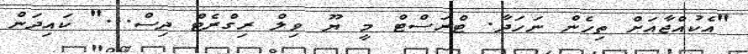
"އެކުއްޖާއަށް ތިހެން ނަހަދާ. ޓްރަސްޓް މީ ޔޫ ވިލް ރިގްރެޓް ދިސް..." ކައިދަން